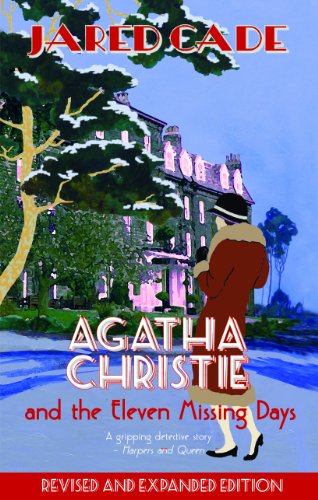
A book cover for Agatha Christie and the Eleven Missing Days: The Revised and Expanded 2011 Edition; Jared Cade; Mystery, Thriller & Suspense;